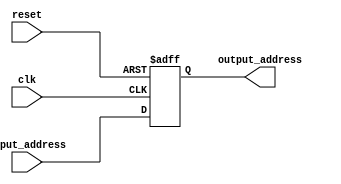
module address_register(
  input clk,
  input reset,
  input [31:0] input_address,
  output reg [31:0] output_address
);

  always @(posedge clk or negedge reset) begin
    if (!reset) begin
      output_address <= 32'b0;
    end else begin
      output_address <= input_address;
    end
  end

endmodule